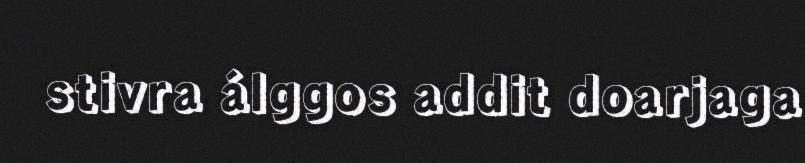
stivra álggos addit doarjaga